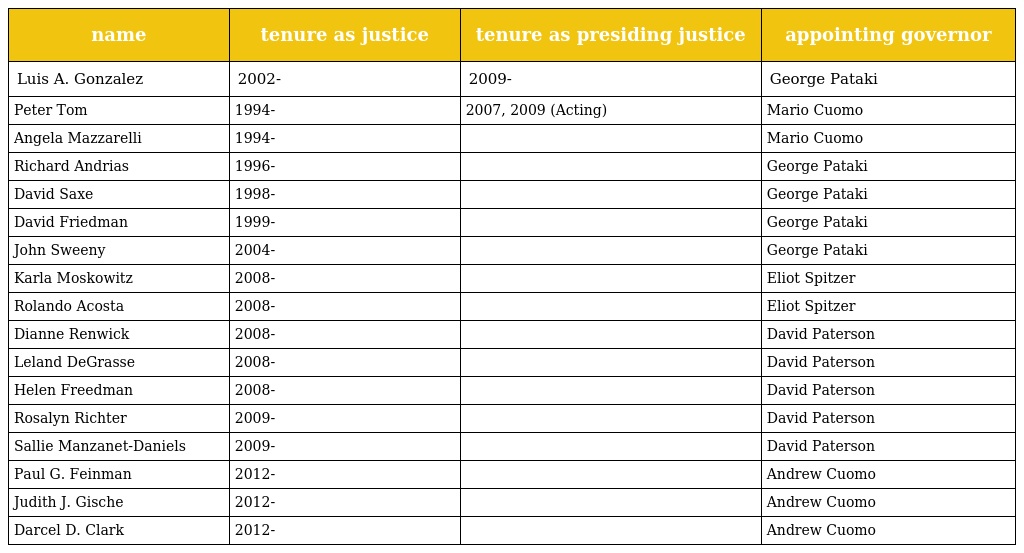
| name | tenure as justice | tenure as presiding justice | appointing governor |
 | --- | --- | --- | --- |
 | Luis A. Gonzalez | 2002- | 2009- | George Pataki |
 | Peter Tom | 1994- | 2007, 2009 (Acting) | Mario Cuomo |
 | Angela Mazzarelli | 1994- |  | Mario Cuomo |
 | Richard Andrias | 1996- |  | George Pataki |
 | David Saxe | 1998- |  | George Pataki |
 | David Friedman | 1999- |  | George Pataki |
 | John Sweeny | 2004- |  | George Pataki |
 | Karla Moskowitz | 2008- |  | Eliot Spitzer |
 | Rolando Acosta | 2008- |  | Eliot Spitzer |
 | Dianne Renwick | 2008- |  | David Paterson |
 | Leland DeGrasse | 2008- |  | David Paterson |
 | Helen Freedman | 2008- |  | David Paterson |
 | Rosalyn Richter | 2009- |  | David Paterson |
 | Sallie Manzanet-Daniels | 2009- |  | David Paterson |
 | Paul G. Feinman | 2012- |  | Andrew Cuomo |
 | Judith J. Gische | 2012- |  | Andrew Cuomo |
 | Darcel D. Clark | 2012- |  | Andrew Cuomo |